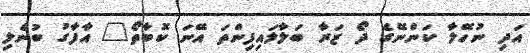
އަދި ނުހޭލާ ކަންނޭގެ ދޯ ޒަރާ ބަލާލައިފިންތަ އޭނަ ކޮބާތޯ" އާފާގު ބުނެލި